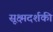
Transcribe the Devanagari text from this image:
सूक्ष्मदर्शकी